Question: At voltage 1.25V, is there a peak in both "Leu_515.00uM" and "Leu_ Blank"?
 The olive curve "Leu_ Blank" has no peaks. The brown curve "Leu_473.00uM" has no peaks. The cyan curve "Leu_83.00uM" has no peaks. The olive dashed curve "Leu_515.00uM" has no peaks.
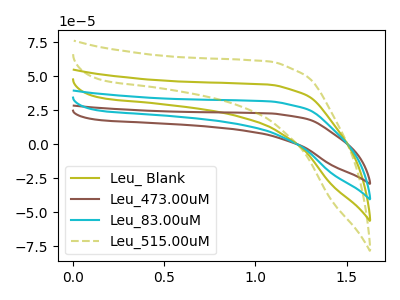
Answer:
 <answer>No, "Leu_515.00uM" and "Leu_ Blank" dont share a peak at 1.25V.</answer>
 <eval>mismatch</eval>